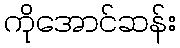
ကိုအောင်ဆန်း